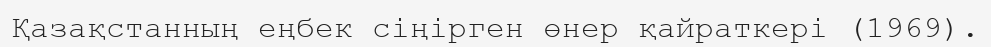
Қазақстанның еңбек сіңірген өнер қайраткері (1969).